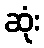
ဆုံး